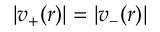
| v _ { + } ( r ) | = | v _ { - } ( r ) |